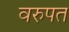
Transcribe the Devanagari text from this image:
वरुपत